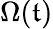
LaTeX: \Omega(\mathfrak{t})